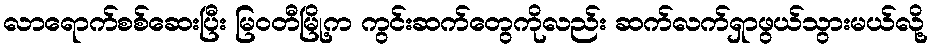
လာရောက်စစ်ဆေးပြီး မြဝတီမြို့က ကွင်းဆက်တွေကိုလည်း ဆက်လက်ရှာဖွယ်သွားမယ်လို့